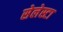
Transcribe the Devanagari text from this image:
सेलेस्टा